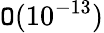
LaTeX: {\cal\mathtt{O}}(10^{-13})